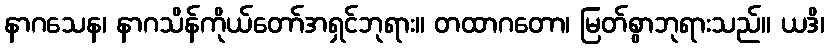
နာဂသေန၊ နာဂသိန်ကိုယ်တော်အရှင်ဘုရား။ တထာဂတော၊ မြတ်စွာဘုရားသည်။ ယဒိ၊